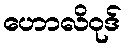
ဟောလိဝုဒ်